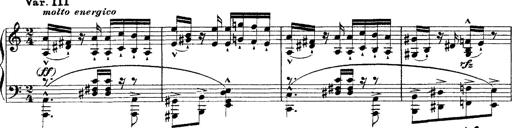
Title: Ã‰tudes d'exÃ©cution transcendante d'aprÃ¨s Paganini
Composer: Franz Liszt